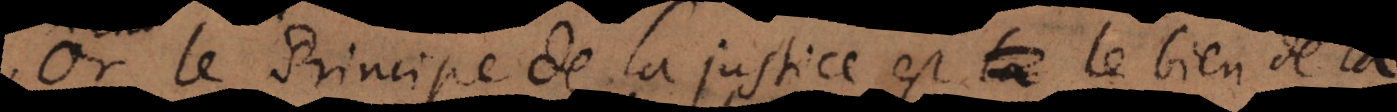
le Principe de la justice est le bien de la